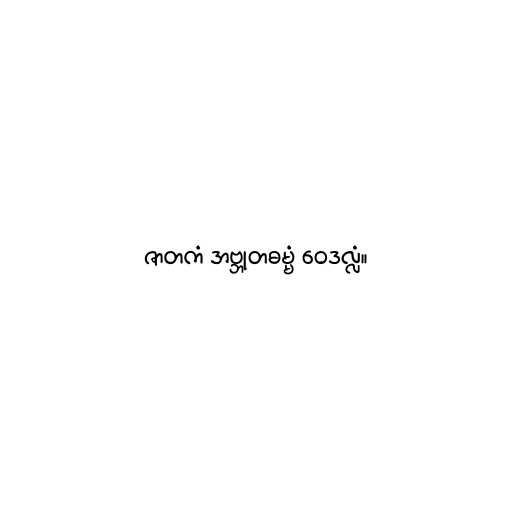
ဇာတကံ အဗ္ဘုတဓမ္မံ ဝေဒလ္လံ။